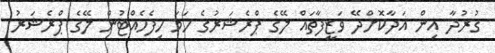
ގުރުދާ އިން އަދާކޮށްދޭ ވަޒީފާތައް ލޭގެ ޕްރެޝަރުގެ ހަމަ ހިފެހެއްޓުން ލޭގެ ޕްރެޝަރު